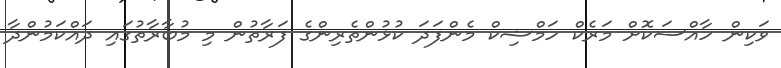
ވަކިން ހާއްސަކޮށް މަރެކް ހަމްޝިކް މެންފަދަ ކުޅުންތެރިންގެ ފަރާތުން މި މުބާރާތުގައި ދައްކަމުންދާ